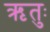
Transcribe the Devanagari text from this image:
ऋतुः